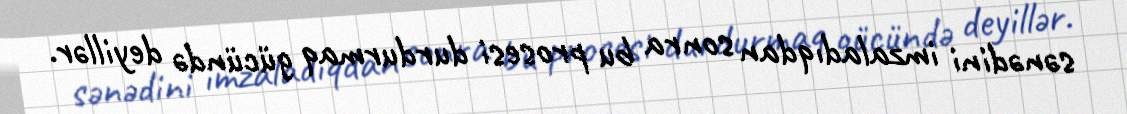
sənədini imzaladıqdan sonra bu prosesi durdurmaq gücündə deyillər.